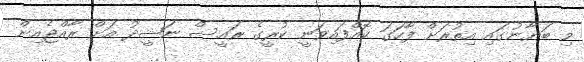
މި ބަޔާނުގައި އިތުރަށް ފާހަގަ ކޮއްފައިވަނީ ކުރީގެ ރައީސް ނަޝީދު އަށް ރާއްޖެއިން